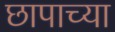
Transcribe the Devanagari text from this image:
छापाच्या